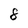
Character: 8